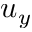
u _ { y }